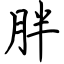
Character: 胖